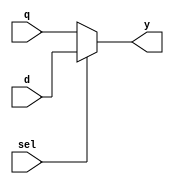

module Multiplexer_2x1(
input sel,
input q,
input d,
output reg y
);
    
    always @ (*) begin
     if(sel==1'b0)
         y = q;
     else
         y = d;
     end
    
endmodule